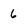
Character: 6